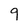
Character: 9